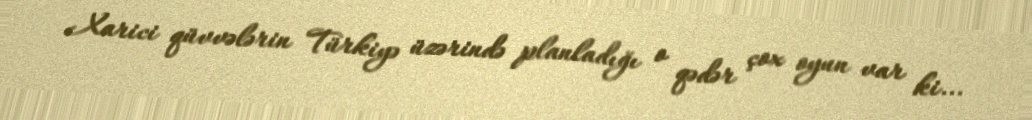
Xarici qüvvələrin Türkiyə üzərində planladığı o qədər çox oyun var ki...